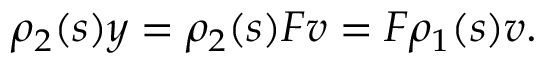
\rho _ { 2 } ( s ) y = \rho _ { 2 } ( s ) F v = F \rho _ { 1 } ( s ) v .